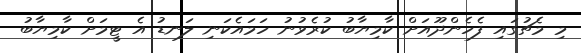
މި މެޗުގައި ފެހެންދޫއަށް ކާމިޔާބު ކުރެވުނު ހަމައެކަނި ލަނޑު އެ ޓީމަށް ކާމިޔާބު